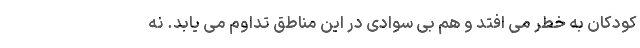
کودکان به خطر می افتد و هم بی سوادی در این مناطق تداوم می یابد. نه